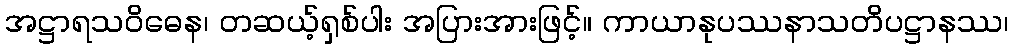
အဋ္ဌာရသဝိဓေန၊ တဆယ့်ရှစ်ပါး အပြားအားဖြင့်။ ကာယာနုပဿနာသတိပဋ္ဌာနဿ၊